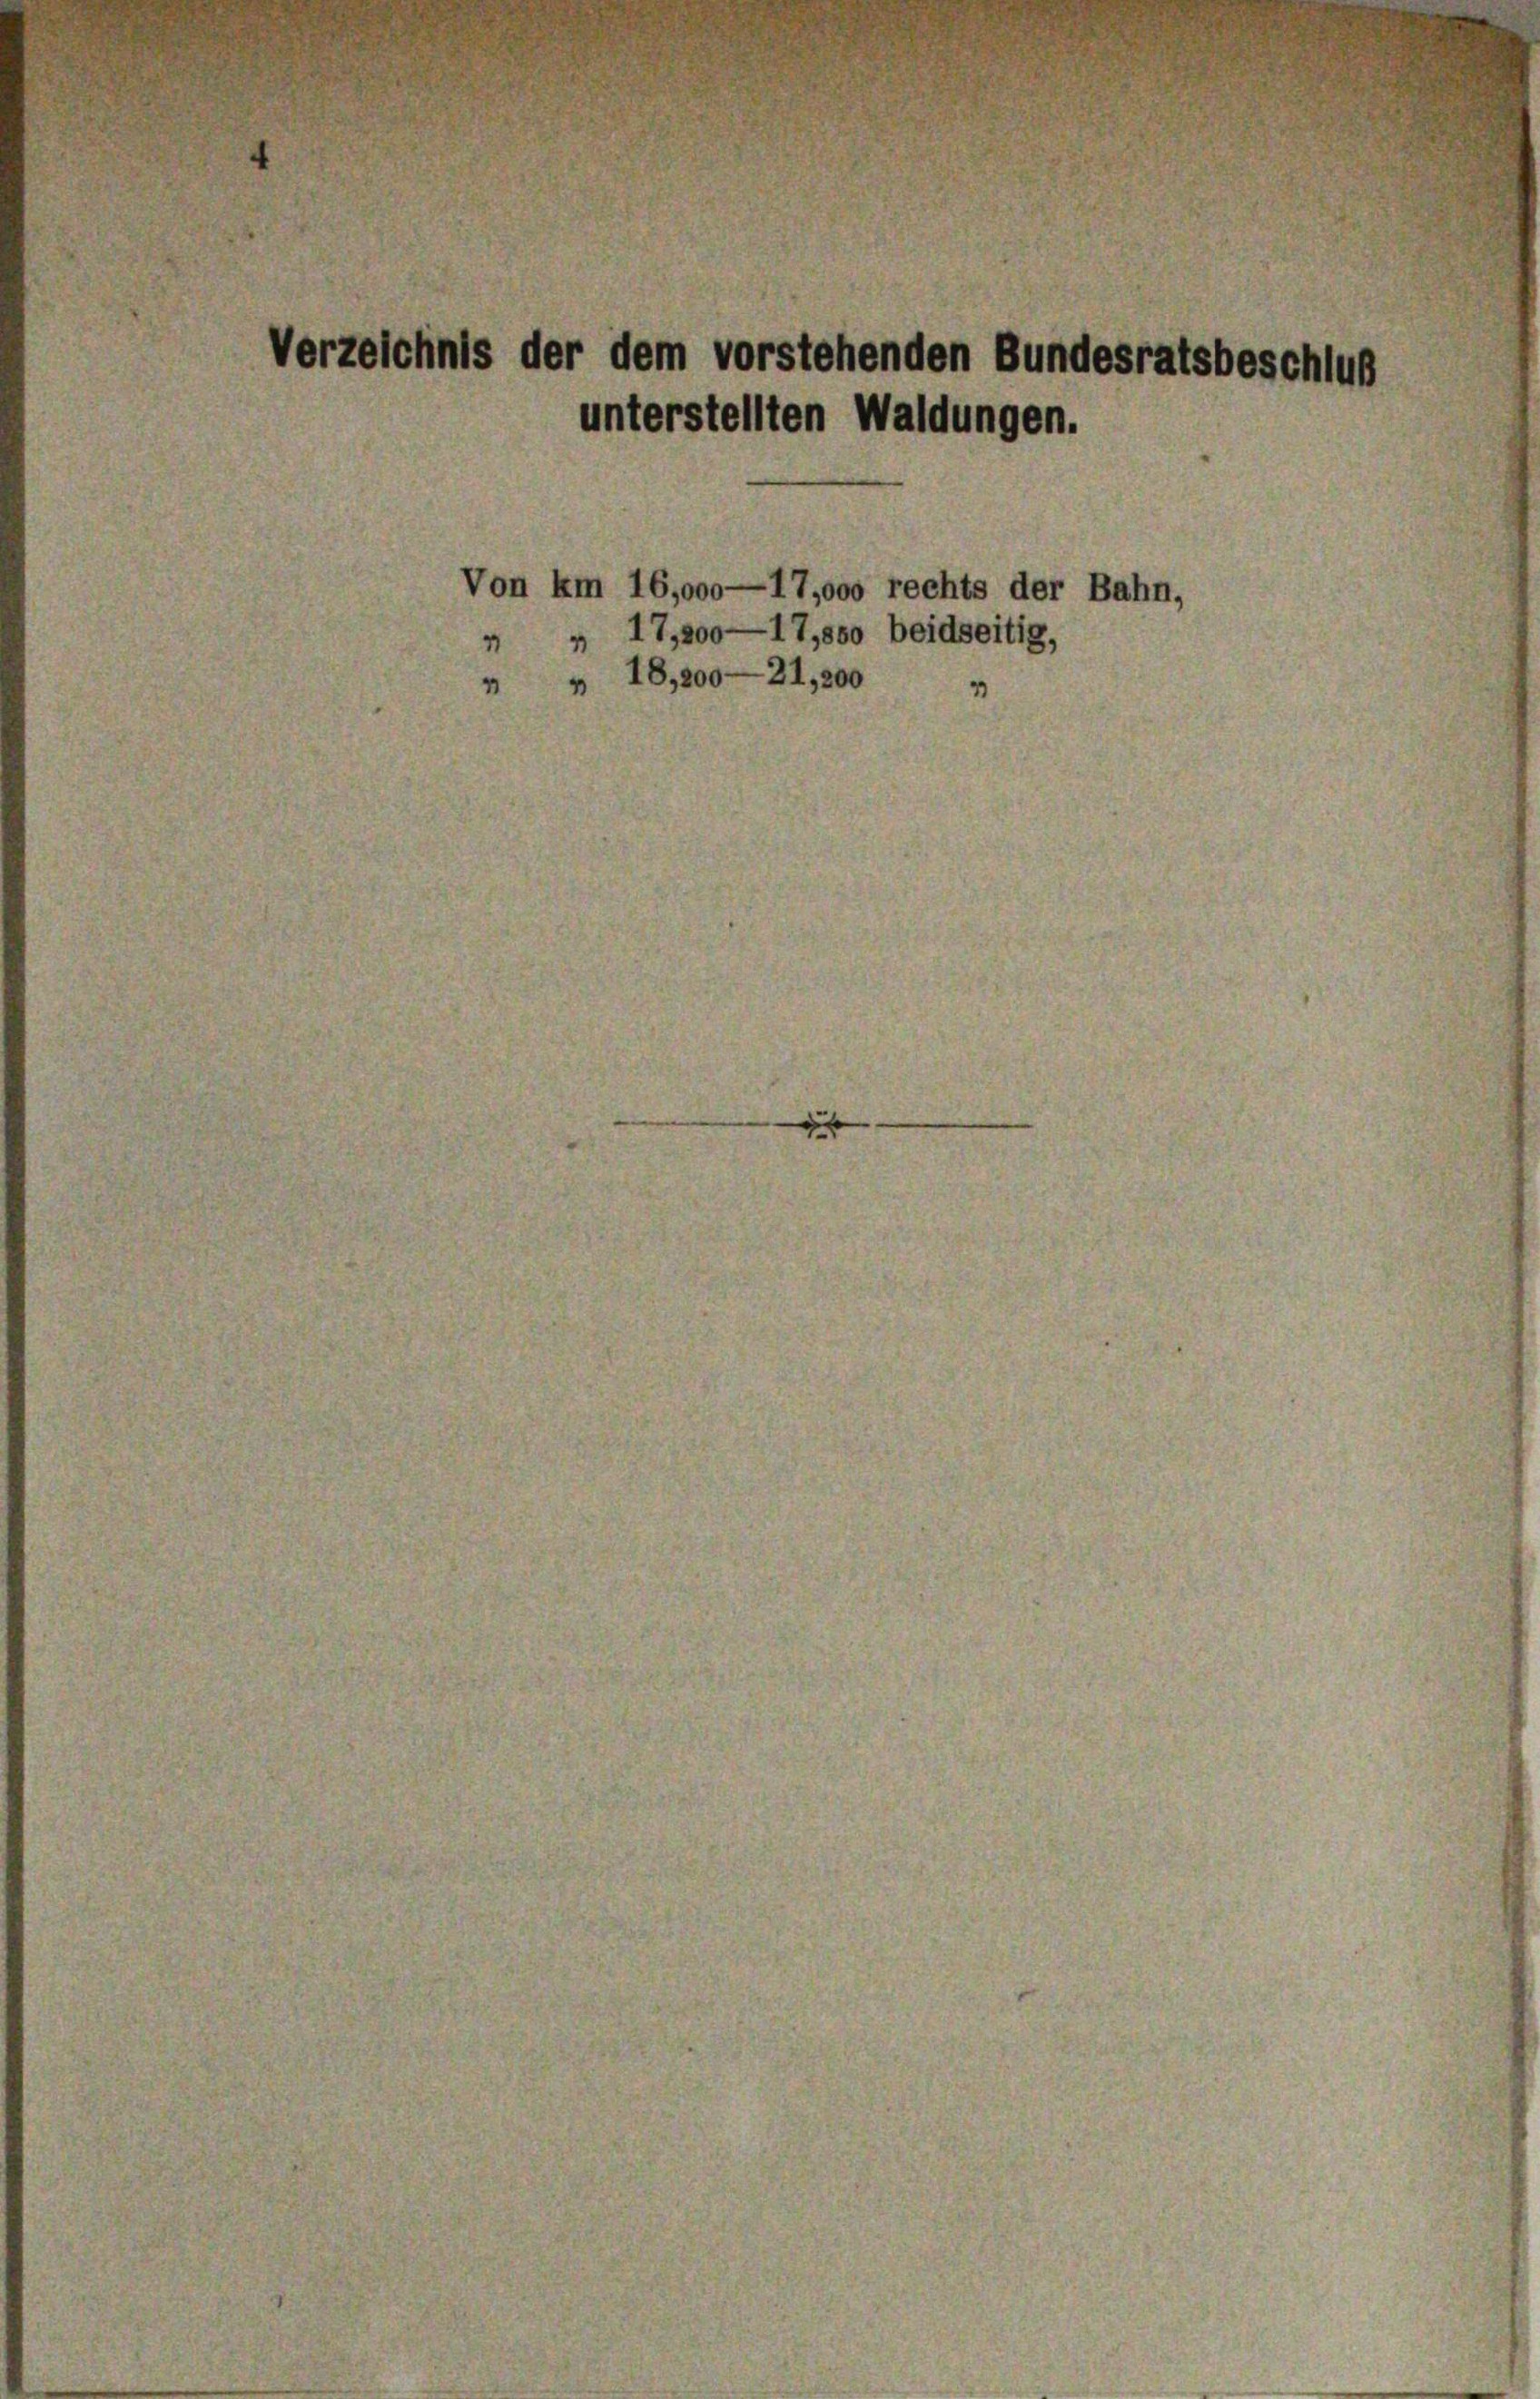
rzeichnis der dem vorstehenden Bundesr.
unterstellten Waldungen.

on km 16,000—17,000 rechts der Bahn.
» 17,500—17,550 beidseitig,
» 18,800—21,300